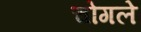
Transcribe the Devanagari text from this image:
चोगले